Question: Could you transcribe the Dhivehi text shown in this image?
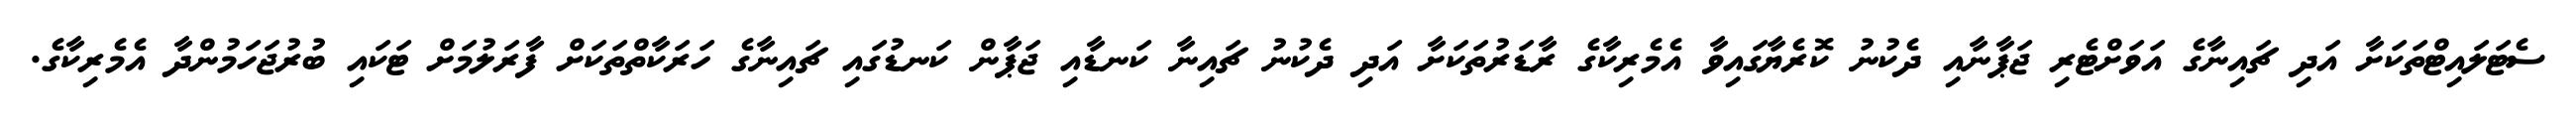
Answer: ސެޓަލައިޓްތަކަށާ އަދި ޗައިނާގެ އަވަށްޓެރި ޖަޕާނާއި ދެކުނު ކޮރެޔާގައިވާ އެމެރިކާގެ ރާޑަރުތަކަށާ އަދި ދެކުނު ޗައިނާ ކަނޑާއި ޖަޕާން ކަނޑުގައި ޗައިނާގެ ހަރަކާތްތަކަށް ފާރަލުމަށް ޓަކައި ބުރުޖަހަމުންދާ އެމެރިކާގެ.